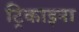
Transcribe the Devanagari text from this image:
ट्रिकाइना